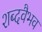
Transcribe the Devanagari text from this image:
शब्दवैभव